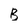
Character: B